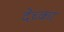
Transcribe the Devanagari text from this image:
देच्कां